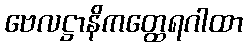
ဗေလဋ္ဌာနိကတ္ထေရဂါထာ